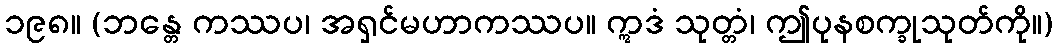
၁၉၈။ (ဘန္တေ ကဿပ၊ အရှင်မဟာကဿပ။ ဣဒံ သုတ္တံ၊ ဤပုနစက္ခုသုတ်ကို။)